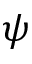
\psi